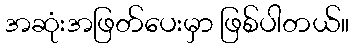
အဆုံးအဖြတ်ပေးမှာ ဖြစ်ပါတယ်။